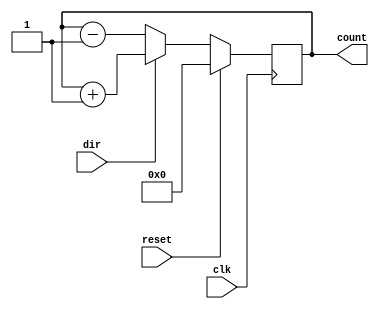
`timescale 10ns/1ns
module counter8b_updown(count,clk,reset,dir);
  output reg [7:0]count;
  input clk,reset,dir;

always @(posedge clk)
  begin
    if (reset)
        count<=0;
    else
      begin
        if(dir)
           count<=count+1;
        else 
           count<=count-1;
      end
  end
endmodule